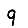
Digit: 9